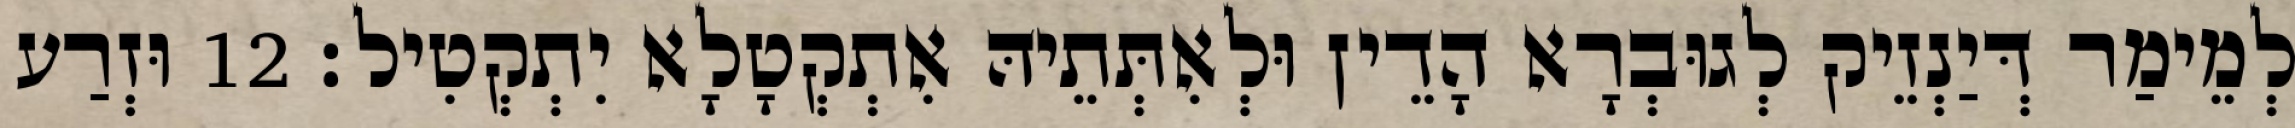
לְמֵימַר דְּיַנְזֵיק לְגוּבְרָא הָדֵין וּלְאִתְּתֵיהּ אִתְקְטָלָא יִתְקְטִיל׃ 12 וּזְרַע